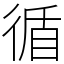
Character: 循